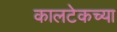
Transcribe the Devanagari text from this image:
कालटेकच्या